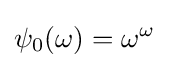
\psi _{0}(\omega )=\omega ^{\omega }